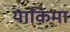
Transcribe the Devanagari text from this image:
याकिमा